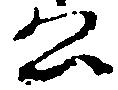
公